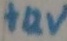
Text: +12V